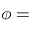
\phi =